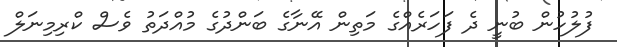
ފުލުހުން ބުނީ ދެ ފަހަރެއްގެ މަތިން އޭނާގެ ބަންދުގެ މުއްދަތު ވެސް ކްރިމިނަލް